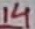
Text: 14